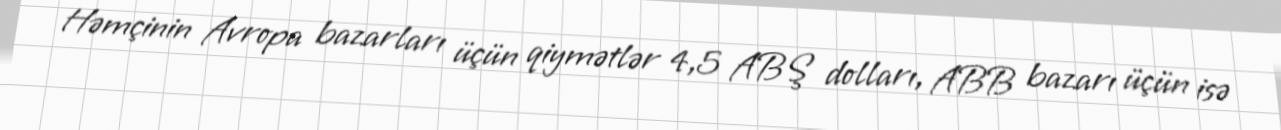
Həmçinin Avropa bazarları üçün qiymətlər 4,5 ABŞ dolları, ABB bazarı üçün isə